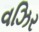
વઝિર